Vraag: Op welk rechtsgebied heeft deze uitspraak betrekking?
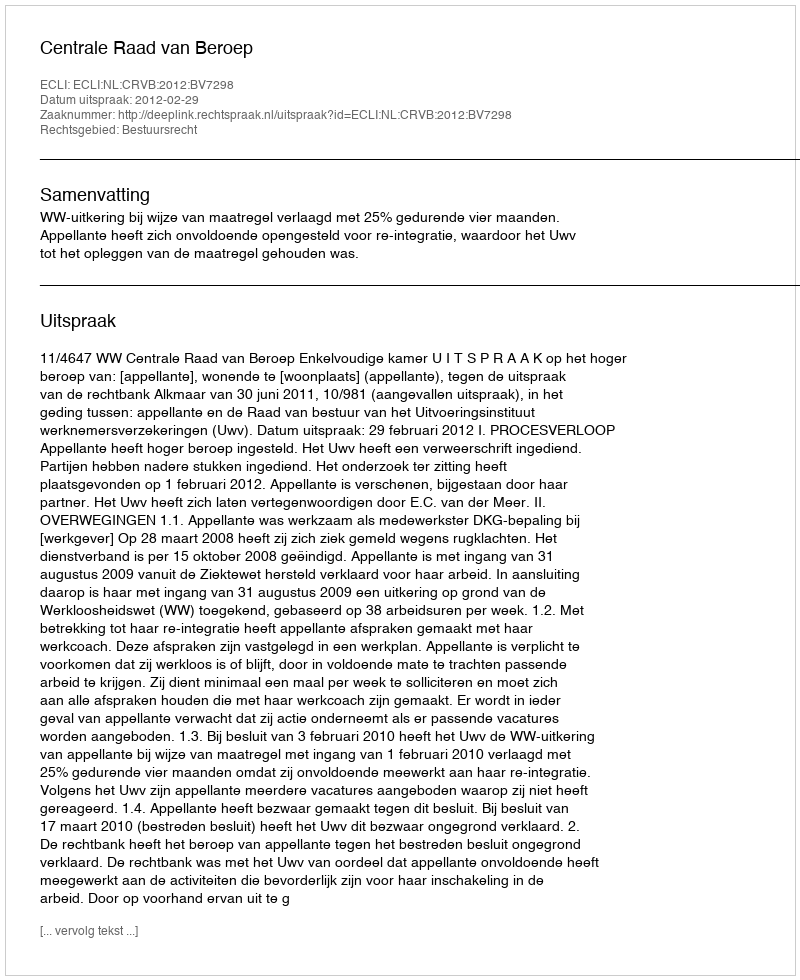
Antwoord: Bestuursrecht